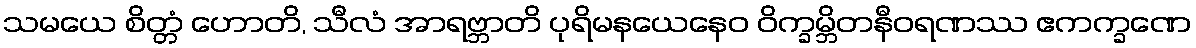
သမယေ စိတ္တံ ဟောတိ, သီလံ အာရဗ္ဘာတိ ပုရိမနယေနေဝ ဝိက္ခမ္ဘိတနီဝရဏဿ ဧကက္ခဏေ